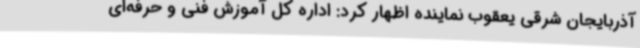
آذربایجان شرقی یعقوب نماینده اظهار کرد: اداره کل آموزش فنی و حرفه‌ای